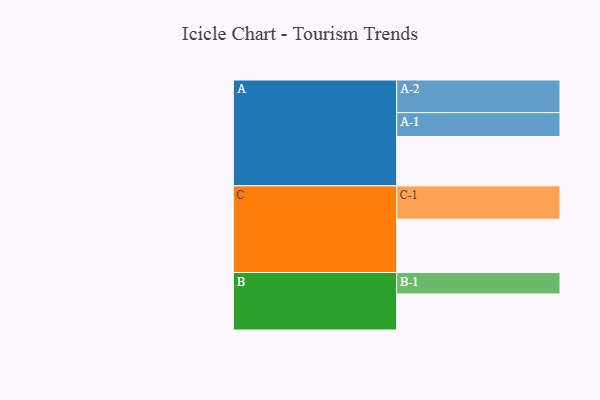
{"axis": {"x": "Segment", "y": "Value"}, "legend": ["", "A", "B", "C"], "data": [{"x": "A", "y": 438, "type": ""}, {"x": "B", "y": 320, "type": ""}, {"x": "C", "y": 473, "type": ""}, {"x": "A-1", "y": 211, "type": "A"}, {"x": "A-2", "y": 290, "type": "A"}, {"x": "B-1", "y": 190, "type": "B"}, {"x": "C-1", "y": 296, "type": "C"}]}